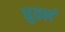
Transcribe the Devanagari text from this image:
धुतलं